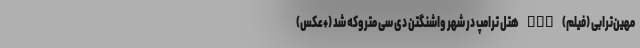
مهین‌ترابی (فیلم) nan هتل ترامپ در شهر واشنگتن دی سی متروکه شد (+عکس)